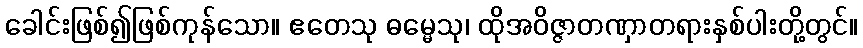
ခေါင်းဖြစ်၍ဖြစ်ကုန်သော။ ဧတေသု ဓမ္မေသု၊ ထိုအဝိဇ္ဇာတဏှာတရားနှစ်ပါးတို့တွင်။